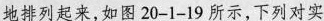
地排列起来，如图20-1-19所示，下列对实